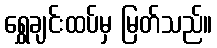
ရွှေချင်းထပ်မှ မြတ်သည်။